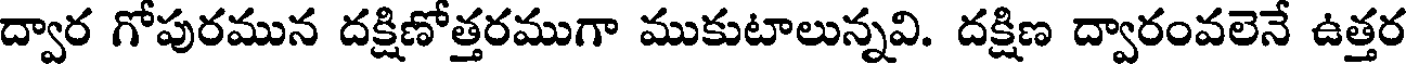
ద్వార గోపురమున దక్షిణోత్తరముగా ముకుటాలున్నవి. దక్షిణ ద్వారంవలెనే ఉత్తర